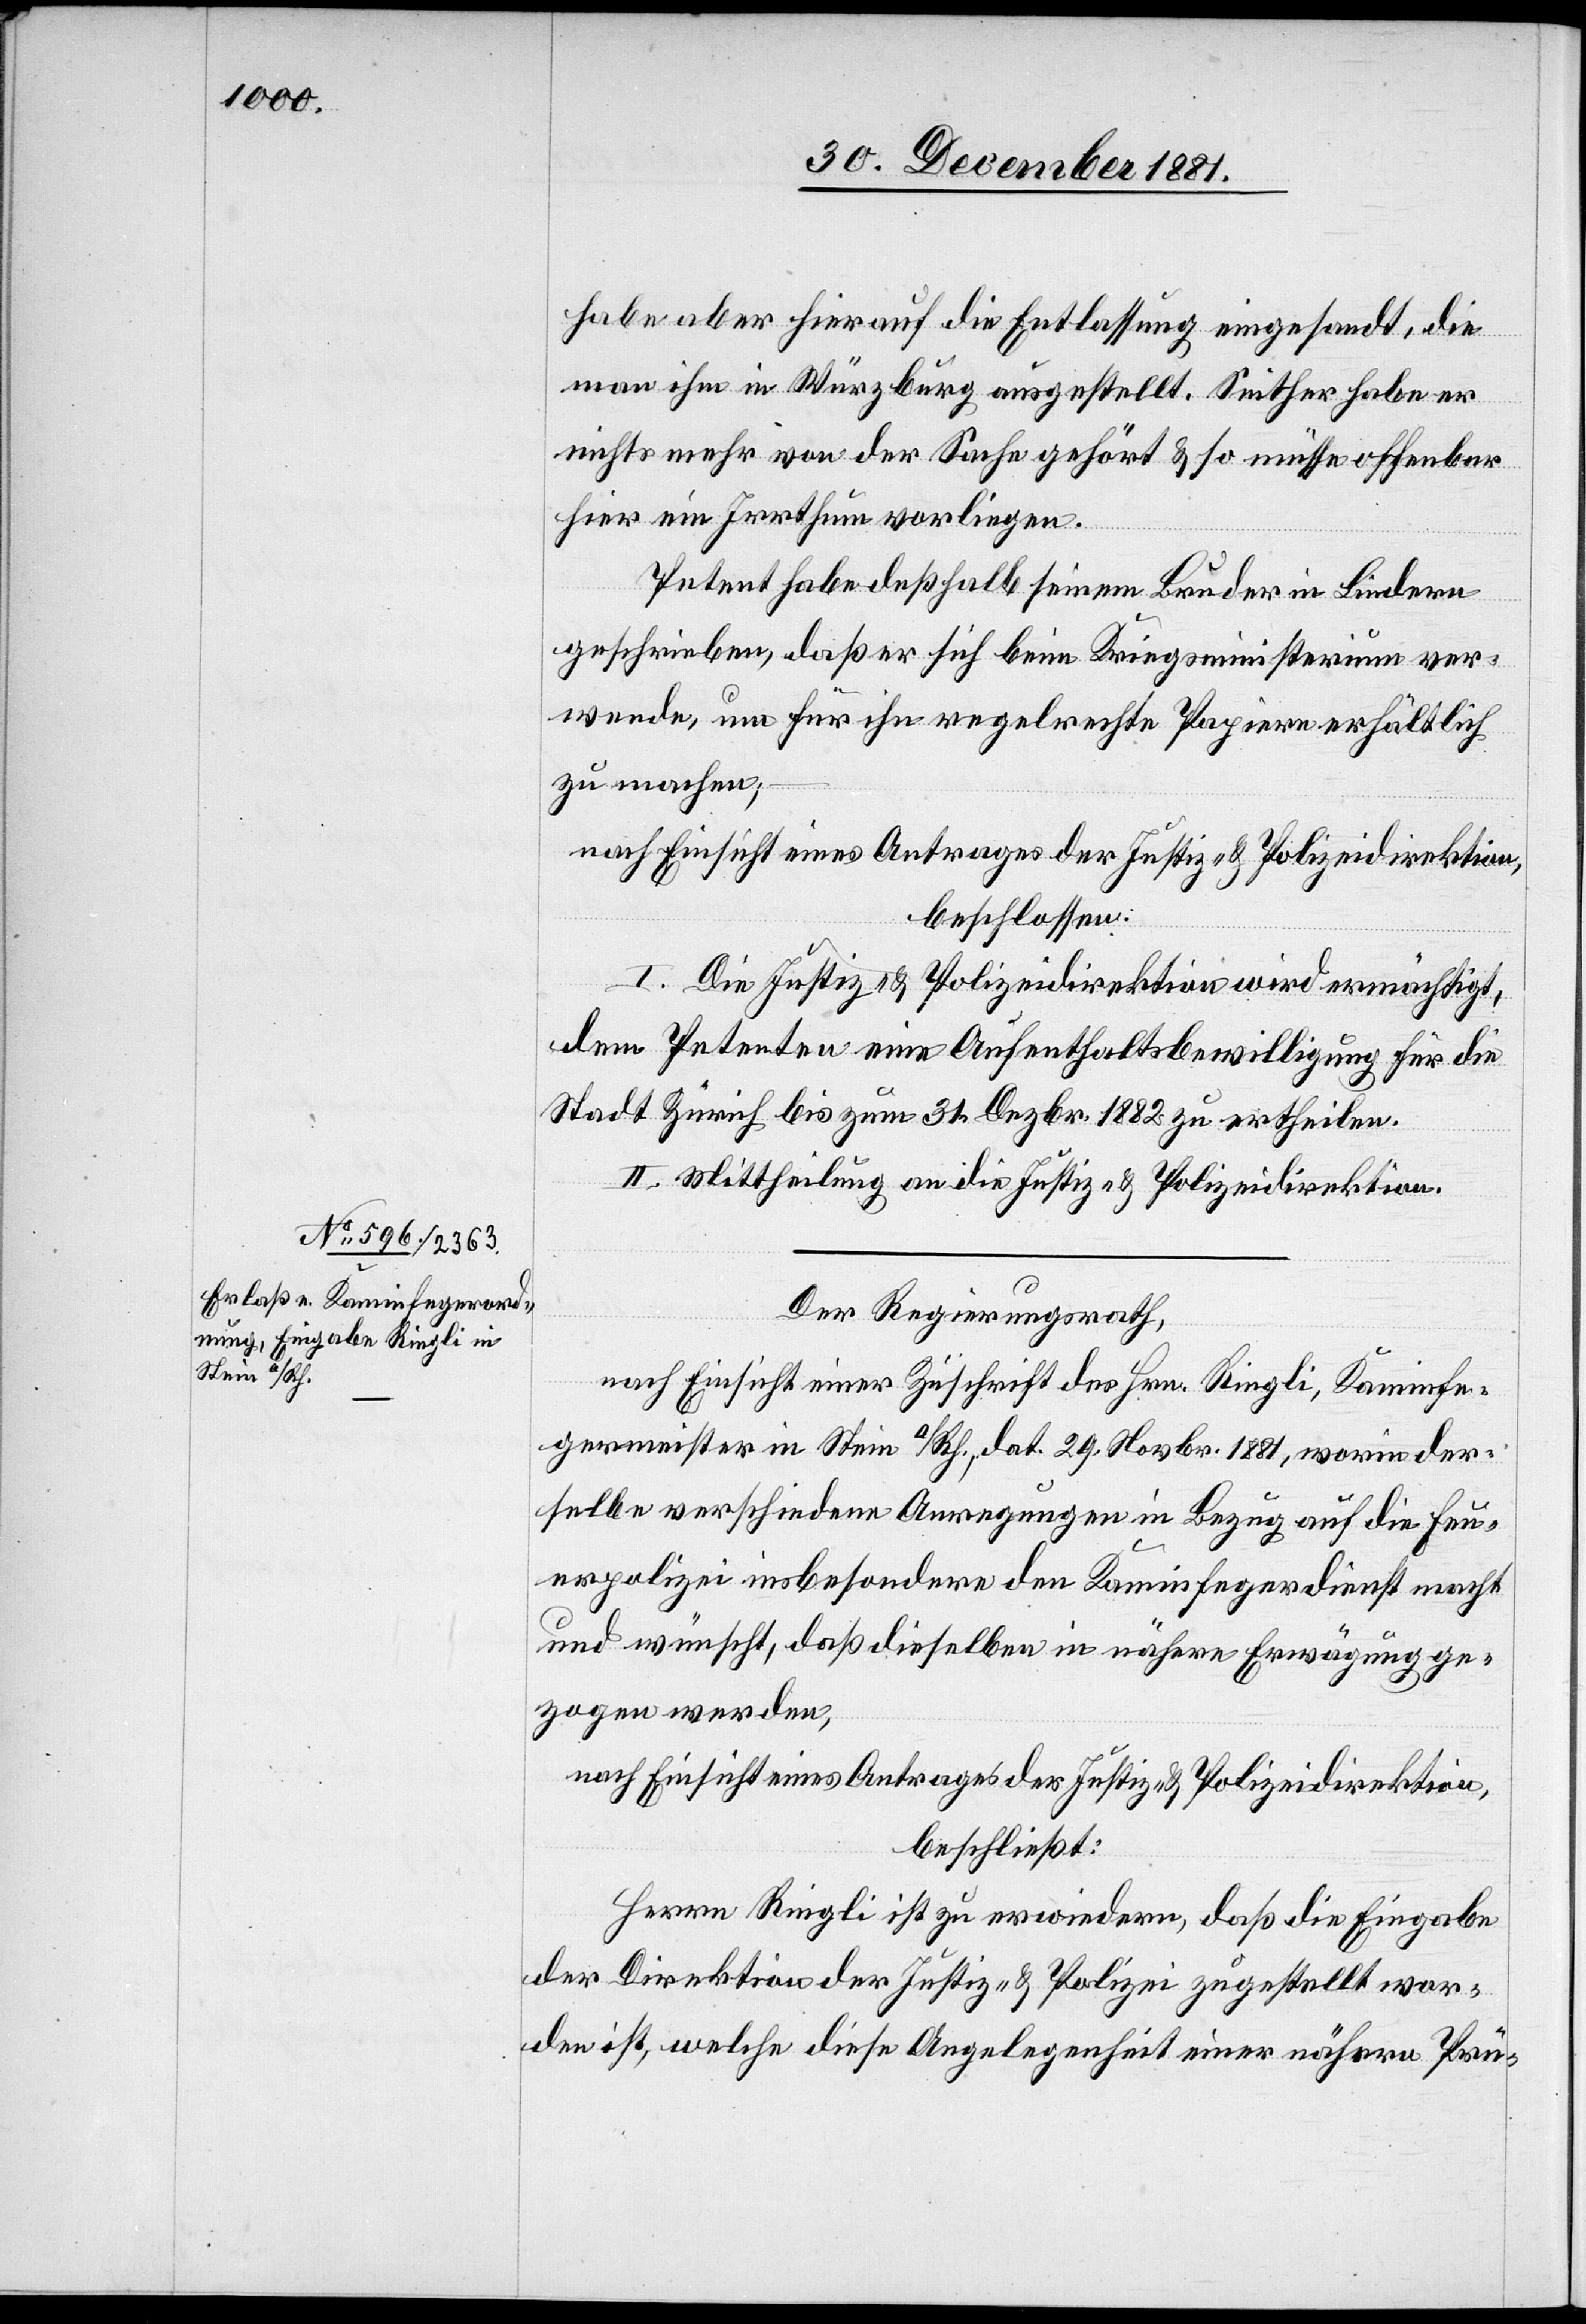
habe aber hierauf die Entlassung eingesandt, die
man ihm in Würzburg ausgestellt. Seither habe er
nichts mehr von der Sache gehört & so müsse offenbar
hier ein Irrthum vorliegen.
Petent habe deßhalb seinem Bruder in Lindern
geschrieben, daß er sich beim Kriegsministerium ver¬
wende, um für ihn regelrechte Papier erhältlich
zu machen.
nach Einsicht eines Antrages der Justiz- & Polizeidirektion,
beschlossen:
I. Die Justiz- & Polizeidirektion wird ermächtigt,
dem Petenten eine Aufenthaltsbewilligung für die
Stadt Zürich bis zum 31. Dezbr. 1882 zu ertheilen.
II. Mittheilung an die Justiz- & Polizeidirektion.
Der Regierungsrath,
nach Einsicht einer Zuschrift des Hrn. Ringli, Kaminfe¬
germeister in Stein a/Rh., dat. 29. Novbr. 1881, worin der¬
selbe verschiedene Anregungen in Bezug auf die Feu¬
erpolizei insbesondere den Kaminfegerdienst macht
und wünscht, daß dieselben in nähere Erwägung ge¬
zogen werden,
nach Einsicht eines Antrages der Justiz- & Polizeidirektion,
beschließt:
Herrn Ringli ist zu erwiedern, daß die Eingabe
der Direktion der Justiz & Polizei zugestellt wor¬
den ist, welche diese Angelegenheit einer nähern Prü-